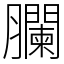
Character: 䑌